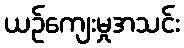
ယဉ်ကျေးမှုအသင်း